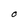
Character: O